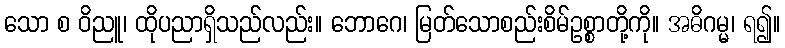
သော စ ဝိညူ၊ ထိုပညာရှိသည်လည်း။ ဘောဂေ၊ မြတ်သောစည်းစိမ်ဥစ္စာတို့ကို။ အဓိဂမ္မ၊ ရ၍။